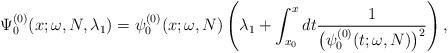
LaTeX: \begin{gather*} \Psi _{0}^{(0) }(x;\omega ,N,\lambda _{1})=\psi _{0}^{( 0) }(x;\omega ,N)\left( \lambda _{1}+\int_{x_{0}}^{x}dt\frac{1}{\big( \psi _{0}^{(0) }(t;\omega ,N)\big) ^{2}}\right) ,\end{gather*}